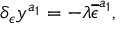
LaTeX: \delta _ { \epsilon } y ^ { a _ { 1 } } = - \lambda \overline { { { \epsilon } } } ^ { a _ { 1 } } ,